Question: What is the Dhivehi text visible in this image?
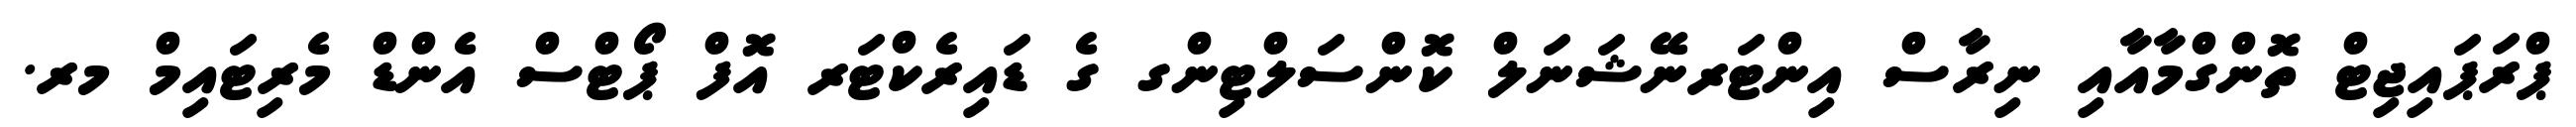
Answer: ޕްރަޕައިޖިޓް ތޮންގްމާއާއި ނިރާސް އިންޓަރނޭޝަނަލް ކޮންސަލްޓިންގ ގެ ޑައިރެކްޓަރ އޮފް ޕޯޓްސް އެންޑް މެރިޓައިމް މރ.